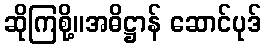
ဆိုကြစို့။အဓိဋ္ဌာန် ဆောင်ပုဒ်